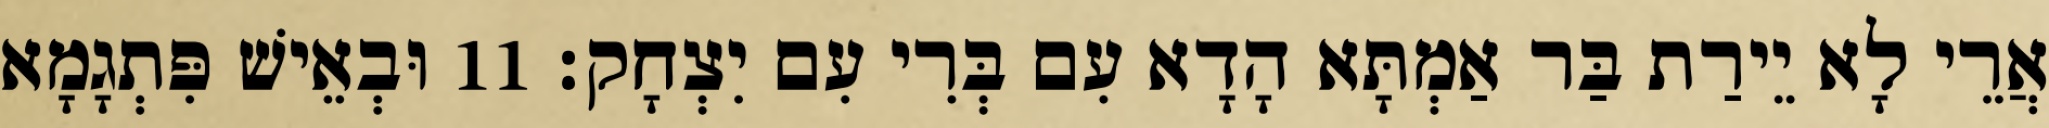
אֲרֵי לָא יֵירַת בַּר אַמְתָּא הָדָא עִם בְּרִי עִם יִצְחָק׃ 11 וּבְאֵישׁ פִּתְגָמָא